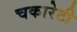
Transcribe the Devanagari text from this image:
चकारेटी